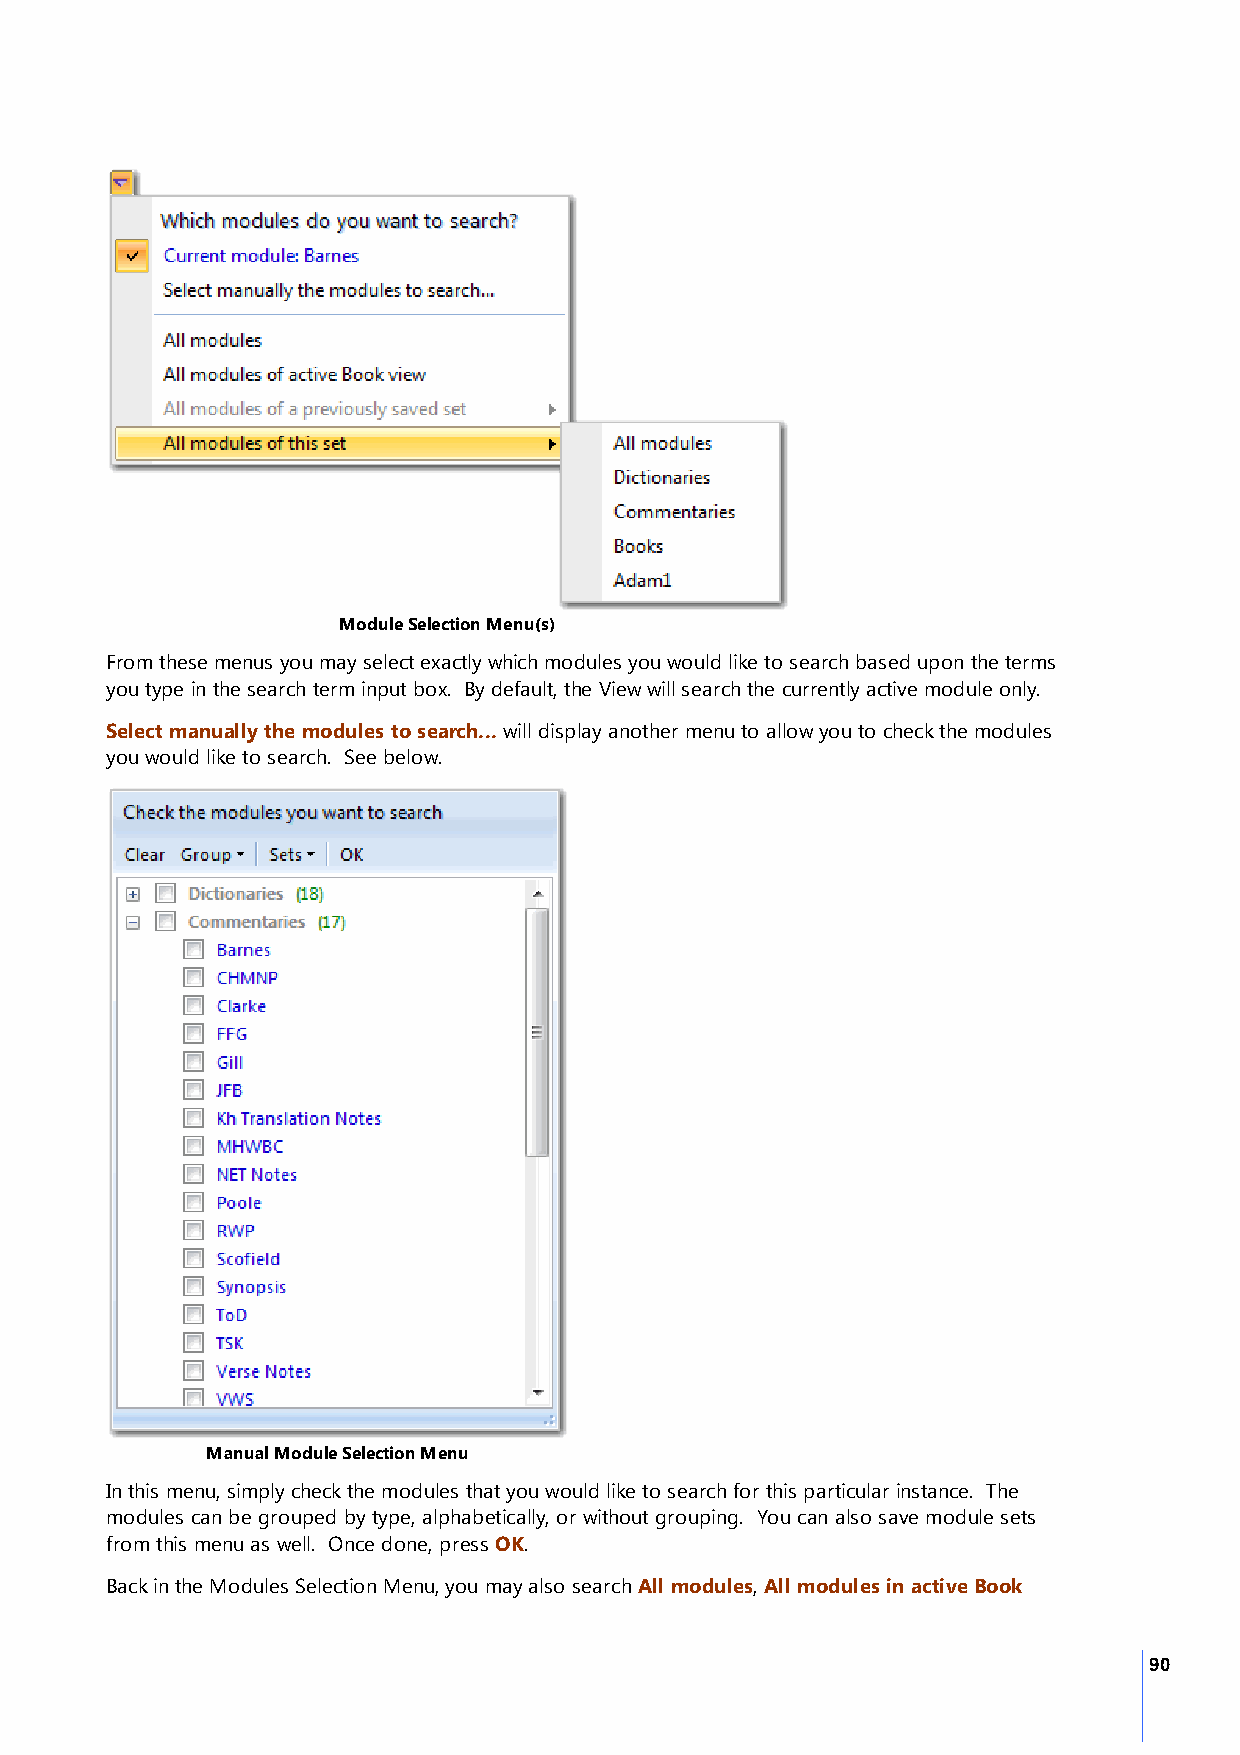
Module Selection Menu(s)
 From these menus you may select exactly which modules you would like to search based upon the terms
 you type in the search term input box. By default, the View will search the currently active module only.
 Select manually the modules to search... will display another menu to allow you to check the modules
 you would like to search. See below.
 Manual Module Selection Menu
 In this menu, simply check the modules that you would like to search for this particular instance. The
 modules can be grouped by type, alphabetically, or without grouping. You can also save module sets
 from this menu as well. Once done, press OK.
 Back in the Modules Selection Menu, you may also search All modules, All modules in active Book
 90